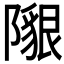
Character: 𨼯